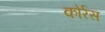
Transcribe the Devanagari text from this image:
कोर्रस